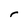
Character: r